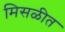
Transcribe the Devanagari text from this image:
मिसळीत